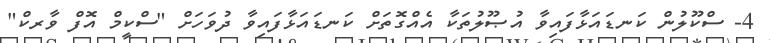
4- ސްކޫލުން ކަނޑައަޅާފައިވާ އުޞޫލުތަކާ އެއްގޮތަށް ކަނޑައަޅާފައިވާ ދުވަހަށް "ސްކީމް އޮފް ވާރކް"